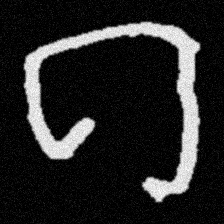
Pyu character \u2014 Myanmar letter: ဂ (romanized: ga)